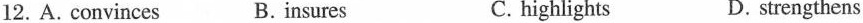
12.A. convinces B. insures C. highlights D. strengthens